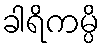
ခါရိကမ္ပိ